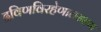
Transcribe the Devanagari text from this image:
द्रविणविरहेणालसतया